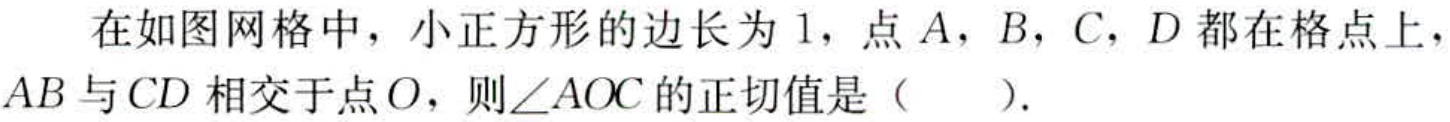
在如图网格中，小正方形的边长为 \(1\)，点 \(A\)，\(B\)，\(C\)，\(D\) 都在格点上，\(AB\) 与 \(CD\) 相交于点 \(O\)，则\(\angle AOC\) 的正切值是（  ）.